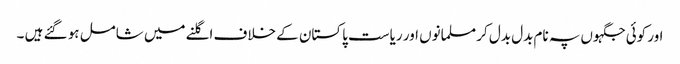
اور کوئی جگہوں پہ نام بدل بدل کر مسلمانوں اور ریاست پاکستان کے خلاف اگلنے میں شامل ہو گئے ہیں ۔